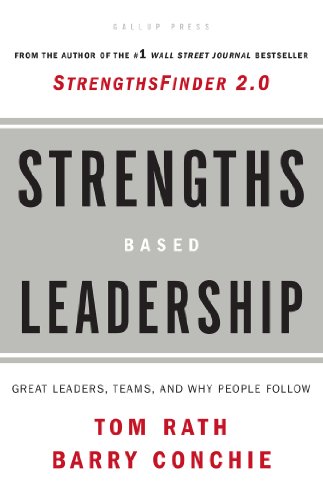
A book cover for Strengths Based Leadership: Great Leaders, Teams, and Why People Follow; Tom Rath; Business & Money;